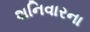
શનિવારના